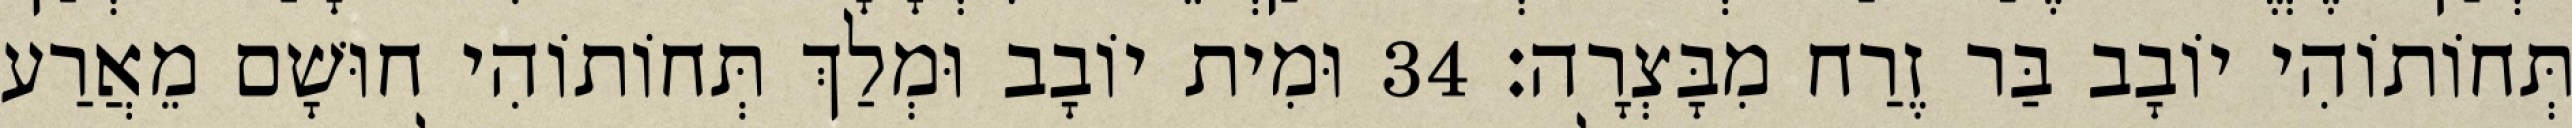
תְּחוֹתוֹהִי יוֹבָב בַּר זֶרַח מִבָּצְרָה׃ 34 וּמִית יוֹבָב וּמְלַךְ תְּחוֹתוֹהִי חוּשָׁם מֵאֲרַע